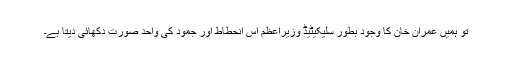
تو ہمیں عمران خان کا وجود بطور سلیکیٹیڈ وزیراعظم اس انحطاط اور جمود کی واحد صورت دکھائی دیتا ہے۔